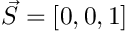
\vec { S } = [ 0 , 0 , 1 ]